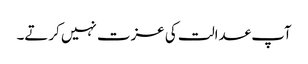
آپ عدالت کی عزت نہیں کرتے۔